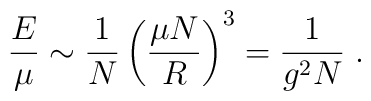
{E \over \mu} \sim {1 \over N} \left({\mu N \over R} \right)^3 = {1 \over g^2 N}  \; .